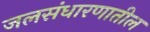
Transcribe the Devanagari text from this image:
जलसंधारणातील